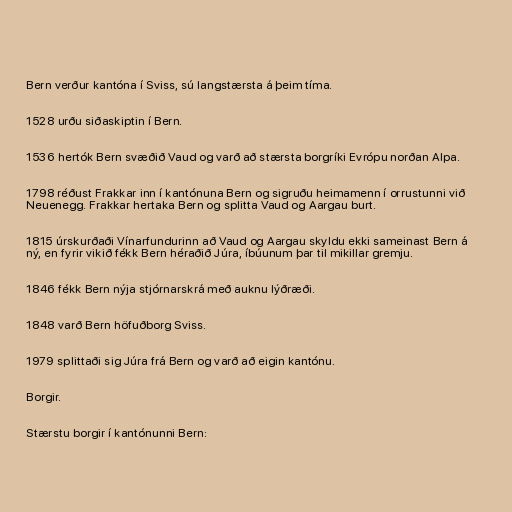
Bern verður kantóna í Sviss, sú langstærsta á þeim tíma.

1528 urðu siðaskiptin í Bern.

1536 hertók Bern svæðið Vaud og varð að stærsta borgríki Evrópu norðan Alpa.

1798 réðust Frakkar inn í kantónuna Bern og sigruðu heimamenn í orrustunni við
Neuenegg. Frakkar hertaka Bern og splitta Vaud og Aargau burt.

1815 úrskurðaði Vínarfundurinn að Vaud og Aargau skyldu ekki sameinast Bern á
ný, en fyrir vikið fékk Bern héraðið Júra, íbúunum þar til mikillar gremju.

1846 fékk Bern nýja stjórnarskrá með auknu lýðræði.

1848 varð Bern höfuðborg Sviss.

1979 splittaði sig Júra frá Bern og varð að eigin kantónu.

Borgir.

Stærstu borgir í kantónunni Bern: